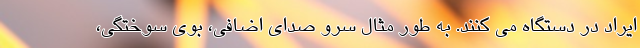
ایراد در دستگاه می کنند. به طور مثال سرو صدای اضافی، بوی سوختگی،